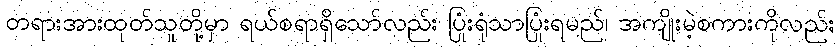
တရားအားထုတ်သူတို့မှာ ရယ်စရာရှိသော်လည်း ပြုံးရုံသာပြုံးရမည်၊ အကျိုးမဲ့စကားကိုလည်း